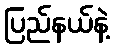
ပြည်နယ်နဲ့